Annual report on the lock hospitals of the Madras Presidency
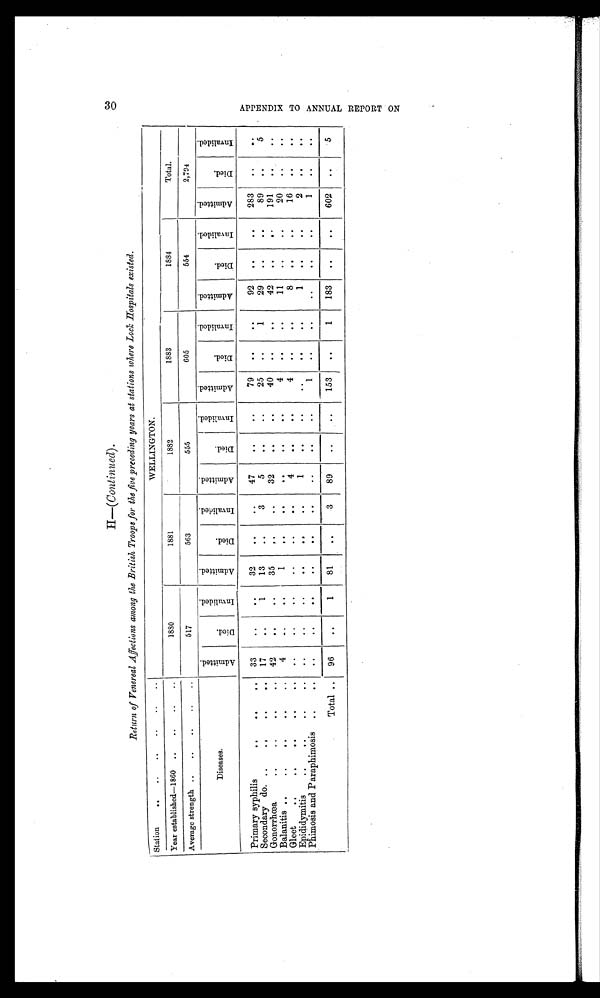
H—(Continued).
Return of Venereal Affections among the British Troops for the five preceding years at stations where Loch Hospitals existed.
Station
..
..
..
..
..
..
WELLINGTON.
Year established—1860 ..
..
..
..
1880
1881
1882
1883
1884
Total.
Average strength ..
..
..
..
..
517
563
555
605
554
2,704
Di seases.
A d m i t t e d .
D i e d .
I n v a l i d e d .
A d m i t t e d .
D i e d .
I n v a l i d e d .
A d m i t t e d .
D i e d .
I n v a l i d e d .
A d m i t t e d .
D i e d .
I n v a l i d e d .
A d m i t t e d .
D i e d .
I n v a l i d e d .
A d m i t t e d .
D i e d .
I n v a l i d e d .
Primary syphilis
..
..
. .
33
..
..
32
..
..
47
..
. .
79
. .
..
92
..
. . 283
. .
. .
Secondary do. ..
.,
...
. .
17
. .
1
13
. .
3
5
. .
. .
25
. .
. .
29
. .
. . 89
. .
5
Gonorrhœa
..
..
..
. . 42
. .
. .
35
. .
. .
32
. .
. .
40
. .
. .
42
. .
. . 191
. .
. .
Balanitis ..
..
..
..
. .
4
..
. .
1
. .
. .
. .
. .
. .
4
. .
..
11
. .
. .
20
. .
..
Gleet
..
..
..
..
. .
..
. . ..
..
. .
..
4
. .
..
4
..
..
8
..
..
16
. .
..
Epididymitis
..
..
..
. .
..
..
..
. .
. .
. .
1
. .
. .
. .
. .
. .
1
. .
. .
2
. .
..
Phimosis and Paraphimosis ..
..
..
..
. .
. .
. .
. .
..
. .
..
1
..
. .
. .
. .
. .
1
. .
. .
Total ..
96
..
1
81
..
3
89
..
..
153
..
1
183
. .
. . 602
. .
5
30
A P P E N D I X T O A N N U A L R E P O R T O N